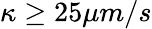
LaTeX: \kappa\geq 25\mu m/s